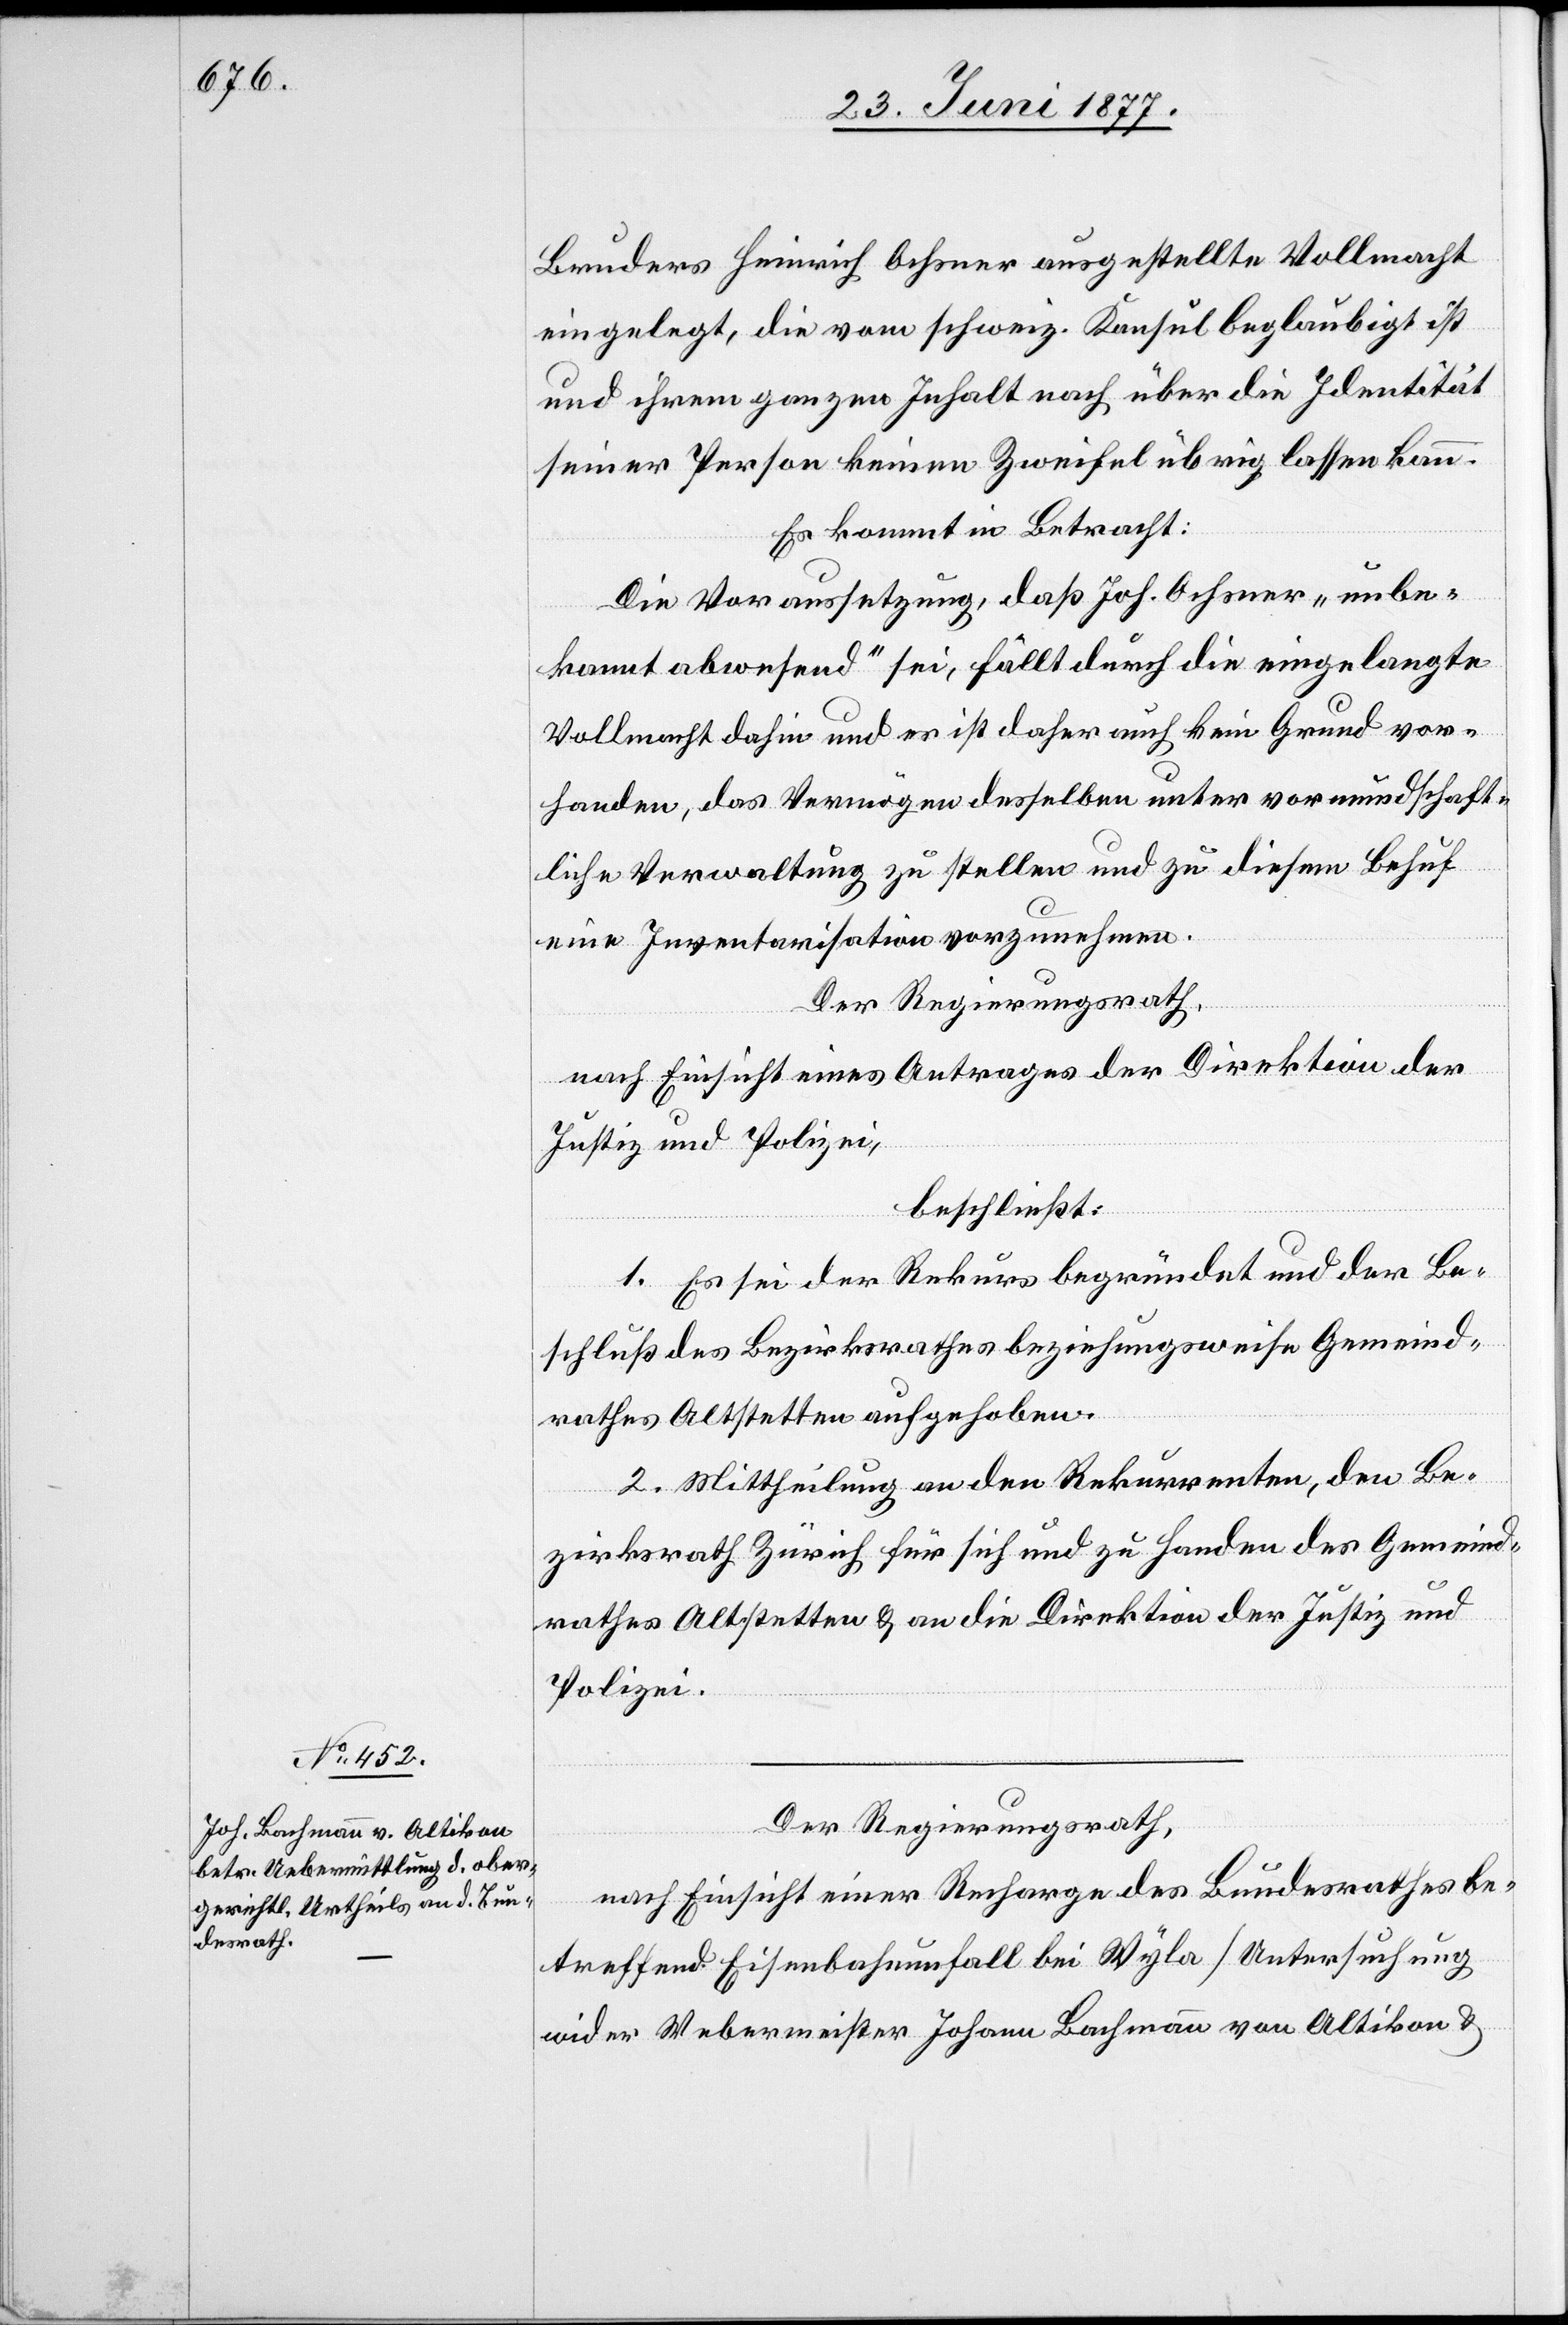
Der Regierungsrath,
nach Einsicht einer Recharge des Bundesrathes be¬
treffend Eisenbahnunfall bei Wyla [Untersuchung
wider Webermeister Johann Bachmann von Altikon &